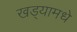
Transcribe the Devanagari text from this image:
खड्यामधे